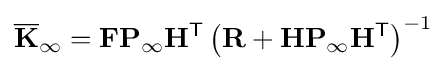
{\overline {\mathbf {K} }}_{\infty }=\mathbf {F} \mathbf {P} _{\infty }\mathbf {H} ^{\textsf {T}}\left(\mathbf {R} +\mathbf {H} \mathbf {P} _{\infty }\mathbf {H} ^{\textsf {T}}\right)^{-1}